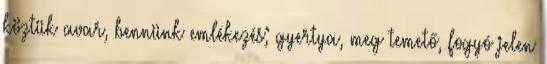
köztük avar, bennünk emlékezés; gyertya, meg temető, fogyó jelen